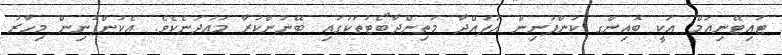
ޓައިޓޭނިއަމް އަކީ ބޮއިންގ ކުންފުނިން އުފައްދާ މަތިންދާބޯޓުތަކުގައި ބޭނުންކުރާ މައުދަނެކެވެ. އެކުންފުނިން މިހާރު